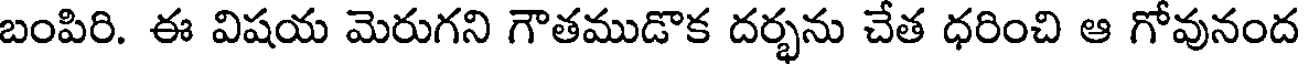
బంపిరి. ఈ విషయ మెరుగని గౌతముడొక దర్భను చేత ధరించి ఆ గోవునంద